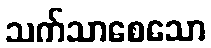
သက်သာစေသော